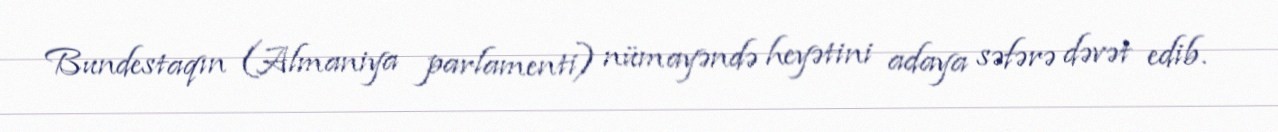
Bundestaqın (Almaniya parlamenti) nümayəndə heyətini adaya səfərə dəvət edib.